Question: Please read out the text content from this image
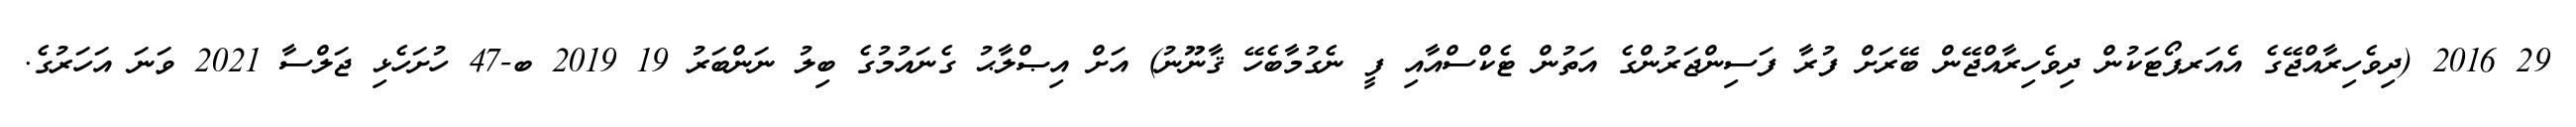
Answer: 29 2016 (ދިވެހިރާއްޖޭގެ އެއަރޕޯޓަކުން ދިވެހިރާއްޖޭން ބޭރަށް ފުރާ ފަސިންޖަރުންގެ އަތުން ޓެކްސްއާއި ފީ ނެގުމާބެހޭ ޤާނޫނު) އަށް އިޞްލާޙު ގެނައުމުގެ ބިލު ނަންބަރު 19 2019 ބ-47 ހުށަހެޅި ޖަލްސާ 2021 ވަނަ އަހަރުގެ.